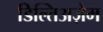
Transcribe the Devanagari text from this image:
डिल्तिअज़ेम